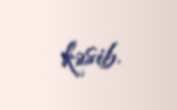
kəsib.